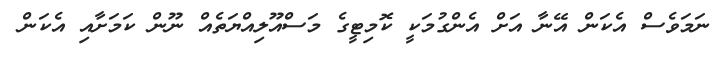
ނަމަވެސް އެކަން އޭނާ އަށް އެންގުމަކީ ކޮމިޓީގެ މަސްއޫލިއްޔަތެއް ނޫން ކަމަށާއި އެކަން